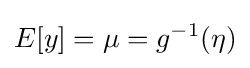
E[y]=\mu =g^{-1}(\eta )